Vaccination United Provinces of Agra and Oudh 1914-1922 - 1914-1922
Year: 1914
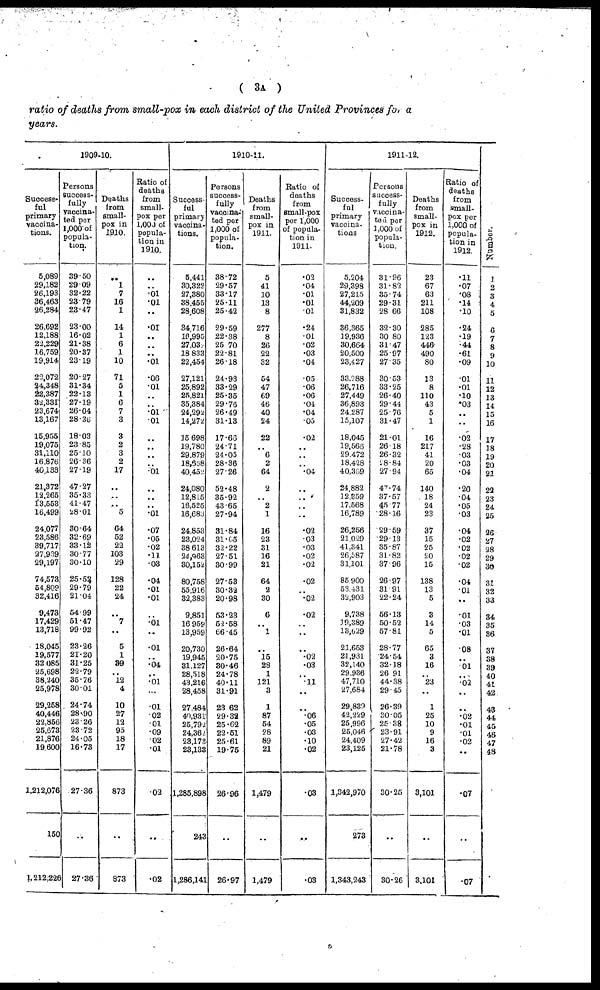
( 3A )
ratio of deaths from small-pox in each district of the United Provinces for a
years.
1909-10.
Success¬
ful
primary
vaccina-
tions.
5,089
29,182
26,193
36,463
26,284
26,692
12,188
22,229
16,759
19,914
22,072
24,348
22,387
32,331
23,674
13,167
15,955
19,075
31,110
16,876
40,133
21,372
12,265
13,553
16,499
24,077
23,586
39,717
27,939
29,197
74,573
54,809
32,416
9,473
17,429
13,718
18,045
19,577
32,085
25,698
38,240
25,978
29,258
40,446
22,856
25,673
21,876
19,600
1,212,076
150
1,212,226
Persons
Success-
fully
vaccina-
ted per
1,000 of
popula-
tion.
39.50
29.09
32.22
23.79
23.47
23.00
16.02
21.38
20.37
23.19
20.27
31.34
22.13
27.19
26.04
28.36
18.03
23.85
25.10
26.36
27.19
47.27
35.33
41.47
28.01
30.64
32.69
33.12
30.77
30.10
25.52
29.79
21.04
54.99
51.47
99.92
23.26
21.20
31.25
22.79
35.76
30.01
24.74
28.90
23.26
23.72
24.05
16.73
27.36
..
27.36
Deaths
from
small-
pox in
1910.
..
1
7
16
1
14
1
6
1
10
71
5
1
6
7
3
3
2
3
2
17
..
..
..
5
64
52
22
103
29
128
22
24
..
7
..
5
1
39
..
12
4
10
27
12
95
18
17
873
..
873
Ratio of
deaths
from
small-
pox per
1,000 of
popula-
tion in
1910.
..
..
.01
.01
..
.01
..
..
..
.01
.06
.01
..
..
.01
.01
..
..
..
..
.01
..
..
..
.01
.07
.05
.02
.11
.03
.04
.01
.01
.01
..
.01
..
.04
..
.01
...
.01
.02
.01
.09
.02
.01
.02
..
.02
1910-11.
Success-
ful
primary
vaccina-
tions.
5,441
30,322
27,380
38,455
28,608
34,716
16,995
27,037
18,833
22,454
27,121
25,892
25,821
35,384
24,292
14,272
15,698
19,780
29,879
18,668
40,452
24,080
12,815
16,525
16,683
24,853
23,024
38,613
24,963
30,152
80,758
55,916
32,383
9,851
16,959
13,959
20,730
19,945
31,127
28,518
43,216
28,458
27,484
40,931
25,792
24,362
23,173
23,133
1,285,898
243
1,286,141
Persons
success-
fully
vaccina-
ted per
1,000 of
popula-
tion.
38.72
29.57
33.17
25.11
25.42
29.59
22.38
25.70
22.81
26.18
24.93
33.29
25.35
29.76
26.49
31.13
17.66
24.71
24.05
28.36
27.26
52.48
35.92
43.65
27.94
31.84
31.65
32.22
27.51
30.99
27.53
30.32
20.98
53.23
52.58
66.45
26.64
20.75
30.46
24.78
40.11
31.91
23.62
29.32
25.62
22.51
25.61
19.75
26.96
..
26.97
Deaths
from
small-
pox in
1911.
5
41
10
13
8
277
8
26
22
32
54
47
69
46
40
24
22
..
6
2
64
2
..
2
1
16
23
31
16
21
64
2
30
6
..
1
..
15 28
1
121
3
1
87
54
28
89
21
1,479
..
1,479
Ratio of
deaths
from
small-pox
per 1,000
of popula-
tion in
1911.
.02
.04
.01
.01
.01
.24
.01
.02
.03
.04
.05
.06
.06
.04
.04
.05
.02
..
..
..
.04
..
..
..
..
.02
.03
.03
.02
.02
.02
..
.02
.02
..
..
..
.02
.03
..
.11
..
..
.06
.05
.03
.10
.02
.03
..
.03
1911-12.
Success-
ful
primary
vaccina-
tions.
5,204
29,398
27,215
44,209
31,832
36,365
19,936
30,664
20,500
23,427
33,288
26,716
27,449
36,893
24,287
15,107
18,045
19,566
29,472
18,428
40,369
24,882
12,359
17,568
16,789
26,256
21,029
41,341
26,587
31,101
85,900
53,431
32,903
9,738
39,389
13,629
21,653
21,931
32,140
29,936
47,710
27,684
29,839
42,229
25,996
25,046
24,409
23,125
1,342,970
273
1,343,243
Persons
success-
fully
vaccina-
ted per
1,000 of
popula-
tion.
31.96
31.82
35.74
29.31
28.66
32.30
30.80
31.47
25.97
27.35
30.53
33.25
26.40
29.44
25.76
31.47
21.01
26.18
26.32
28.84
27.94
47.74
37.57
45.77
28.16
29.59
29.13
35.87
31.82
37.96
26.97
31.91
22.24
56.13
50.52
57.81
28.77
24.54
32.18
26.91
44.38
29.45
26.39
30.05
25.38
23.91
27.42
21.78
30.25
..
30.26
Deaths
from
small-
pox in
1912.
23
67
63
211
108
285
123
446
490
80
13
8
110
43
5
1
16
217
41
20
65
140
18
24
23
37
15
25
20
15
138
13
5
3
14
5
65
3
16
..
23
..
1
25
10
9
16
3
3,101
..
3,101
Ratio of
deaths
from
small-
pox per
1,000 of
popula-
tion in
1912.
.11
.07
.08
.14
.10
.24
.19
.44
.61
.09
.01
.01
.10
.03
..
..
.02
.28
.03
.03
.04
.20
.04
.05
.03
.04
.02
.02
.02
.02
.04
.01
..
.01
.03
.01
.08
.01
..
.02
..
.02
.01
.01
.02
..
.07
..
.07
Number.
1
2
3
4
5
6
7
8
9
10
11
12
13
14
15
16
17
18
19
20
21
22
23
24
25
26
27
28
29
30
31
32
33
34
35
36
37
38
39
40
41
42
43
44
45
46
47
48